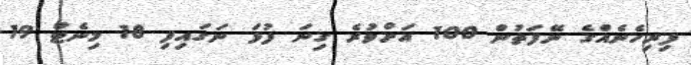
ފިރިހެނެއްގެ ނޭފަތުން 100 އަށްވުރެ ގިނަ ފުޅަ ނަގައިފި 18 މިނެޓް 19